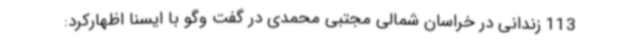
113 زندانی در خراسان شمالی مجتبی محمدی در گفت وگو با ایسنا اظهارکرد: